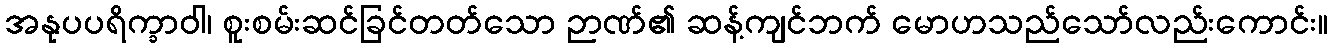
အနုပပရိက္ခာဝါ၊ စူးစမ်းဆင်ခြင်တတ်သော ဉာဏ်၏ ဆန့်ကျင်ဘက် မောဟသည်သော်လည်းကောင်း။